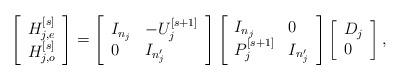
LaTeX: \begin{align*}\left[\begin{array}{l}H_{j,e}^{[s]} \\ H_{j,o}^{[s]}\end{array}\right]=\left[\begin{array}{ll}I_{n_j} & -U_j^{[s+1]} \\ 0 & I_{n_j'}\end{array}\right]\left[\begin{array}{ll}I_{n_j} & 0 \\ P_j^{[s+1]} & I_{n_j'}\end{array}\right]\left[\begin{array}{l}D_j \\ 0\end{array}\right],\end{align*}